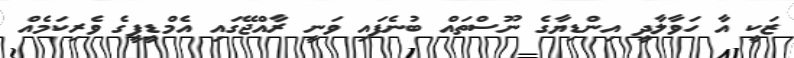
ޒަކީ އާ ހަވާލާދީ އިންޑިޔާގެ ނޫސްތައް ބުނެފައި ވަނީ ރާއްޖޭގައި އެމްޑީޕީގެ ވެރިކަމެއް